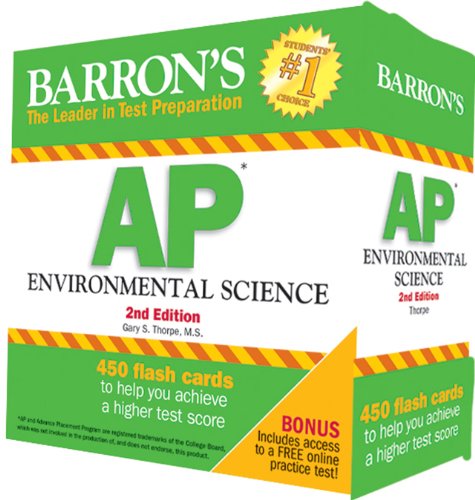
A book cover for Barron's AP Environmental Science Flash Cards, 2nd Edition; Gary S. Thorpe M.S.; Test Preparation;